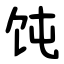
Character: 饨